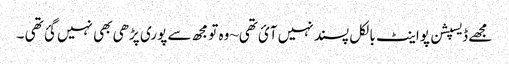
مجھے ڈیسپشن پواینٹ بالکل پسند نہیں آئ تھی~وہ تو مجھ سے پوری پڑھی بھی نہیں گئ تھی ۔